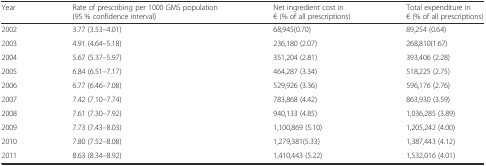
<table><thead><tr><td><b>Year</b></td><td><b>Rate of prescribing per 1000 GMS population (95 % confidence interval)</b></td><td><b>Net ingredient cost in € (% of all prescriptions)</b></td><td><b>Total expenditure in € (% of all prescriptions)</b></td></tr></thead><tbody><tr><td>2002</td><td>3.77 (3.53–4.01)</td><td>68,945(0.70)</td><td>89,254 (0.64)</td></tr><tr><td>2003</td><td>4.91 (4.64–5.18)</td><td>236,180 (2.07)</td><td>268,810(1.67)</td></tr><tr><td>2004</td><td>5.67 (5.37–5.97)</td><td>351,204 (2.81)</td><td>393,406 (2.28)</td></tr><tr><td>2005</td><td>6.84 (6.51–7.17)</td><td>464,287 (3.34)</td><td>518,225 (2.75)</td></tr><tr><td>2006</td><td>6.77 (6.46–7.08)</td><td>529,926 (3.36)</td><td>596,176 (2.76)</td></tr><tr><td>2007</td><td>7.42 (7.10–7.74)</td><td>783,868 (4.42)</td><td>863,930 (3.59)</td></tr><tr><td>2008</td><td>7.61 (7.30–7.92)</td><td>940,133 (4.85)</td><td>1,036,285 (3.89)</td></tr><tr><td>2009</td><td>7.73 (7.43–8.03)</td><td>1,100,869 (5.10)</td><td>1,205,242 (4.00)</td></tr><tr><td>2010</td><td>7.80 (7.52–8.08)</td><td>1,279,381(5.33)</td><td>1,387,443 (4.12)</td></tr><tr><td>2011</td><td>8.63 (8.34–8.92)</td><td>1,410,443 (5.22)</td><td>1,532,016 (4.01)</td></tr></tbody></table>